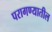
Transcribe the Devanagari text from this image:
परागण्यातील